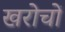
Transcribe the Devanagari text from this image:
खरोचों